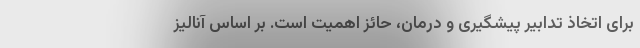
برای اتخاذ تدابیر پیشگیری و درمان، حائز اهمیت است. بر اساس آنالیز